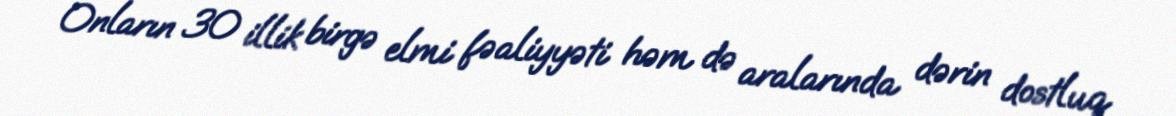
Onların 30 illik birgə elmi fəaliyyəti həm də aralarında dərin dostluq